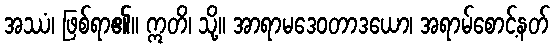
အဿံ၊ ဖြစ်ရာ၏။ ဣတိ၊ သို့။ အာရာမဒေဝတာဒယော၊ အရာမ်စောင့်နတ်